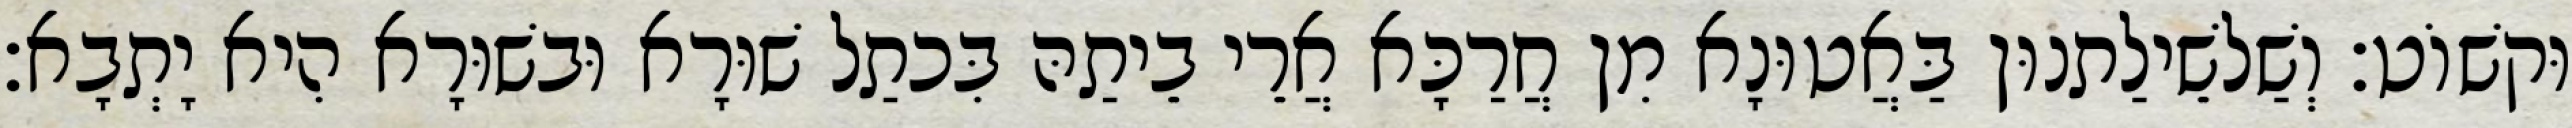
וּקשׁוֹט׃ וְשַׁלשֵׁילַתנוּן בַּאֲטוּנָא מִן חֲרַכָּא אֲרֵי בֵיתַהּ בִּכתַל שׁוּרָא וּבשׁוּרָא הִיא יָתְבָא׃